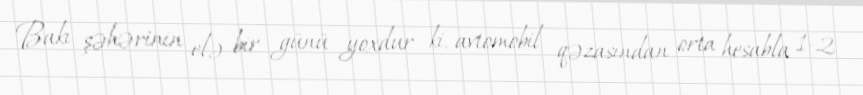
Bakı şəhərinin elə bir günü yoxdur ki, avtomobil qəzasından orta hesabla 1-2